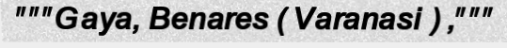
"""Gaya, Benares ( Varanasi ) ,"""